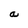
Character: a